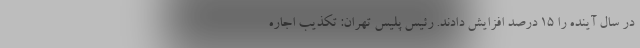
در سال آینده را ١۵ درصد افزایش دادند. رئیس پلیس تهران: تکذیب اجاره